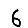
Digit: 6